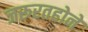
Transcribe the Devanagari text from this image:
जरूरतहोने